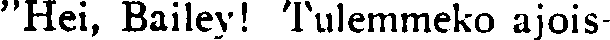
''Hei, Bailey! Tulemmeko ajois-